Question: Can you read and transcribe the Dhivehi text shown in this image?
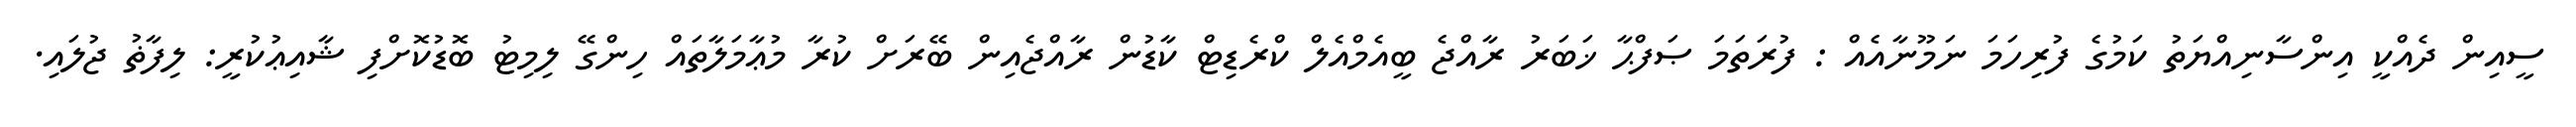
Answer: ސީއިން ދެއްކީ އިންސާނިއްޔަތު ކަމުގެ ފުރިހަމަ ނަމޫނާއެއް : ފުރަތަމަ ޞަފްޙާ ޚަބަރު ރާއްޖެ ބީއެމްއެލް ކްރެޑިޓް ކާޑުން ރާއްޖެއިން ބޭރަށް ކުރާ މުޢާމަލާތައް ހިންގޭ ލިމިޓު ބޮޑުކޮށްފި ޝާއިޢުކުރީ: ލިފާޡު ޖުލައި.